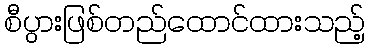
စီပွားဖြစ်တည်ထောင်ထားသည့်